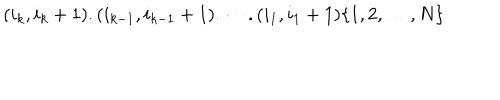
LaTeX: ( i _ { k } , i _ { k } + 1 ) . ( i _ { k - 1 } , i _ { k - 1 } + 1 ) . \cdots . ( i _ { 1 } , i _ { 1 } + 1 ) \{ 1 , 2 , \dots , N \}